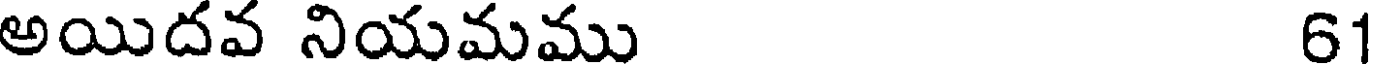
అయిదవ నియమము 61